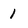
Character: 1